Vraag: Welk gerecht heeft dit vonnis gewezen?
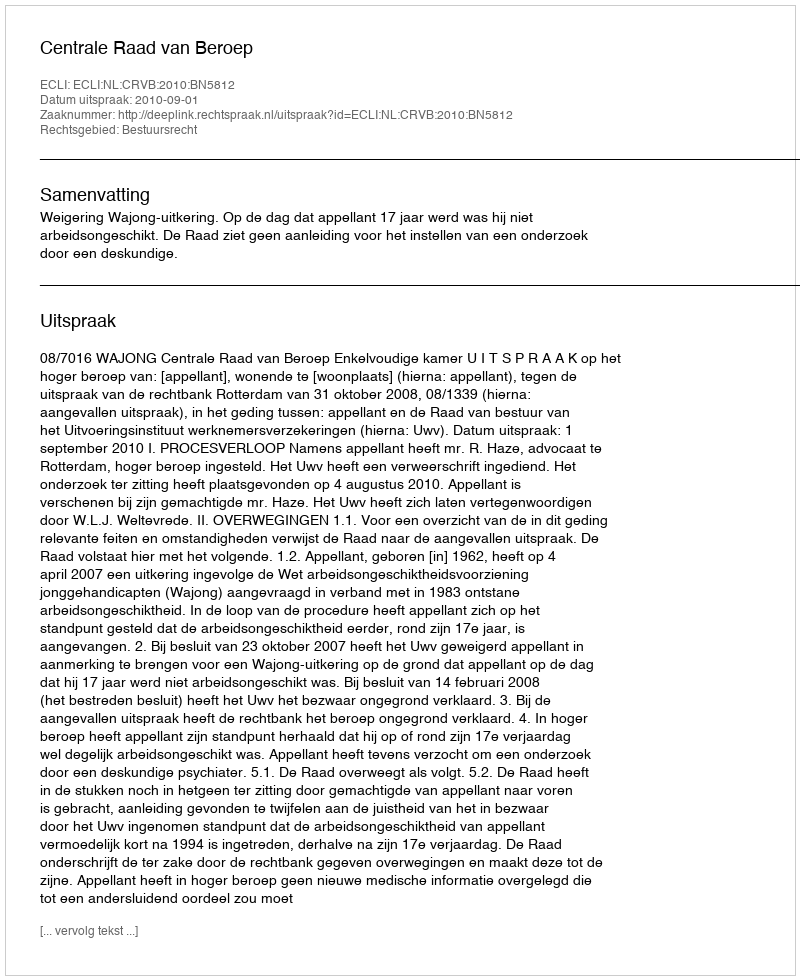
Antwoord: Centrale Raad van Beroep